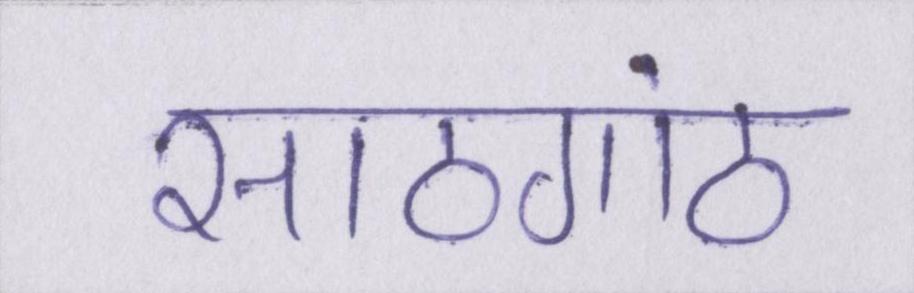
साठगांठ